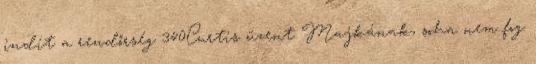
indít a rendőrség 340Curtis üzent Majkának, soha nem fog